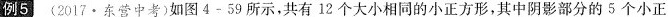
例5 (2017 · 东营中考)如图4-59 所示，共有 12 个大小相同的小正方形，其中阴影部分的 5 个小正